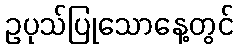
ဥပုသ်ပြုသောနေ့တွင်